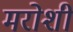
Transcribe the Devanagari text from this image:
मरोशी